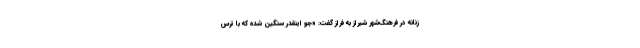
زنانه در فرهنگ‌شهر شیراز به فراز گفت: «جو اینقدر سنگین شده که با ترس